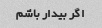
اگر بیدار باشم